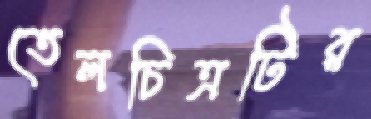
তেলচিত্রটির